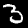
Label: 3